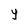
Character: y